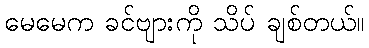
မေမေက ခင်ဗျားကို သိပ် ချစ်တယ်။